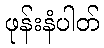
ဖုန်းနံပါတ်